Indian journal of veterinary science and animal husbandry - Volumes 28-29, 1958-1959
Year: 1958
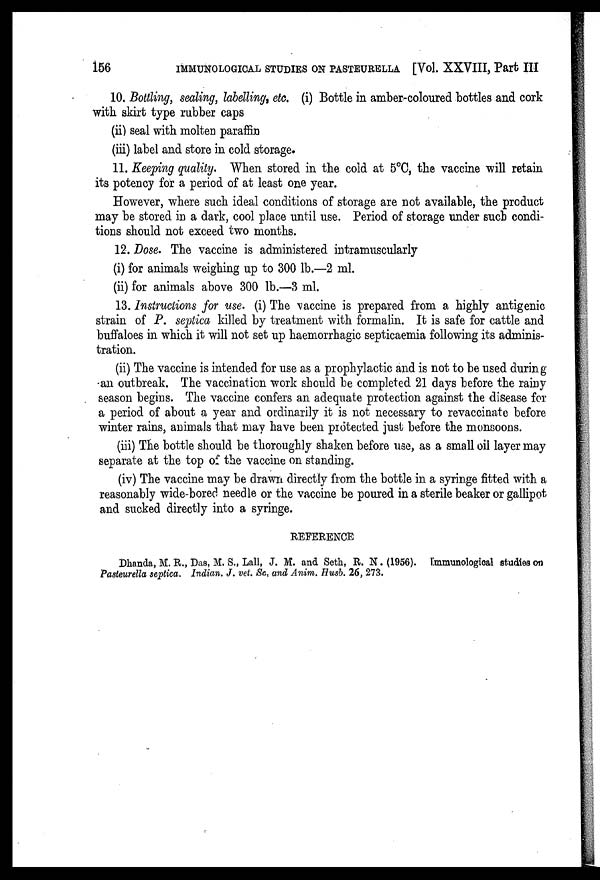
156
IMMUNOLOGICAL STUDIES ON PASTEURELLA [Vol. XXVIII, Part III
10. Bottling, sealing, labelling, etc. (i) Bottle in amber-coloured bottles and cork
with skirt type rubber caps
(ii) seal with molten paraffin
(iii) label and store in cold storage.
11. Keeping quality. When stored in the cold at 5°C, the vaccine will retain
its potency for a period of at least one year.
However, where such ideal conditions of storage are not available, the product
may be stored in a dark, cool place until use. Period of storage under such condi-
tions should not exceed two months.
12. Dose. The vaccine is administered intramuscularly
(i) for animals weighing up to 300 lb.—2 ml.
(ii) for animals above 300 lb.—3 ml.
13. Instructions for use. (i) The vaccine is prepared from a highly antigenic
strain of P. septica killed by treatment with formalin. It is safe for cattle and
buffaloes in which it will not set up haemorrhagic septicaemia following its adminis-
tration.
(ii) The vaccine is intended for use as a prophylactic and is not to be used during
an outbreak. The vaccination work should be completed 21 days before the rainy
season begins. The vaccine confers an adequate protection against the disease for
a period of about a year and ordinarily it is not necessary to revaccinate before
winter rains, animals that may have been protected just before the monsoons.
(iii) The bottle should be thoroughly shaken before use, as a small oil layer may
separate at the top of the vaccine on standing.
(iv) The vaccine may be drawn directly from the bottle in a syringe fitted with a
reasonably wide-bored needle or the vaccine be poured in a sterile beaker or gallipot
and sucked directly into a syringe.
REFERENCE
Dhanda, M. R., Das, M. S., Lall, J. M. and Seth, R. N. (1956). Immunological studies on
Pasteurella septica. Indian. J. vet. Sc. and Anim. Husb. 26, 273.